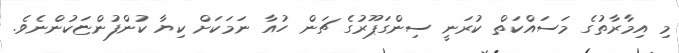
މި އިމާރާތުގެ މަސައްކަތް ކުރަނީ ސިންގަޕޫރުގެ ޗަން ހުއާ ނަމަކަށް ކިޔާ ކުންފުންޏަކުންނެވެ.